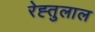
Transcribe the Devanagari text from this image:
रेह्तुलाल